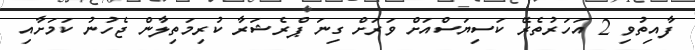
ފާއިތުވި 2 އަހަރުތެރޭ ކަސިޔަސްއަށް ވަރަށް ގިނަ ޕްރެޝަރާ ކުރިމަތިލާން ޖެހުނު ކަމަށާއި